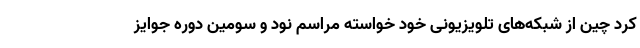
کرد چین از شبکه‌های تلویزیونی خود خواسته مراسم نود و سومین دوره جوایز